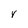
Character: r